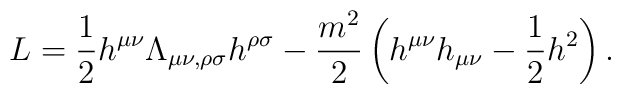
L = \frac{1}{2}h^{\mu\nu}\Lambda_{\mu\nu ,\rho\sigma}h^{\rho\sigma} - \frac{m^{2}}{2}\left( h^{\mu\nu}h_{\mu\nu} - \frac{1}{2}h^{2}\right) .